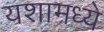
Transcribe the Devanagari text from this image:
यशामध्ये